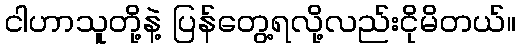
ငါဟာသူတို့နဲ့ ပြန်တွေ့ရလို့လည်းငိုမိတယ်။